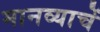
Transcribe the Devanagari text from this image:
मानव्याचें